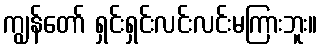
ကျွန်တော် ရှင်းရှင်းလင်းလင်းမကြားဘူး။